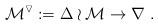
LaTeX: \begin{align*}\mathcal M^\triangledown := \Delta\wr\mathcal M \to \nabla\ .\end{align*}